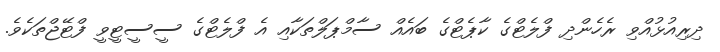
ދިރިއުޅުއްވި ރެހެންދި ފްލެޓްގެ ކާޕެޓްގެ ބައެއް ސާމްޕަލްތަކާއި އެ ފްލެޓްގެ ސީސީޓީވީ ފްޓޭޖްތަކެވެ.